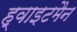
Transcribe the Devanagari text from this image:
ह्वाइटमैन